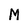
Character: M